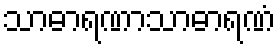
သာဓာရဏာသာဓာရဏံ